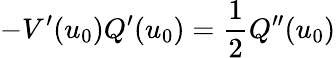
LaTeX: -V^{\prime}(u_{0})Q^{\prime}(u_{0})=\frac{1}{2}Q^{\prime\prime}(u_{0})